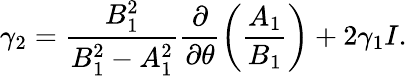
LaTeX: \gamma_{2}=\frac{B_{1}^{2}}{B_{1}^{2}-A_{1}^{2}}\frac{\partial}{\partial\theta}\left(\frac{A_{1}}{B_{1}}\right)+2\gamma_{1}I.